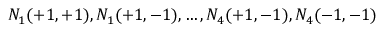
N _ { 1 } ( + 1 , + 1 ) , N _ { 1 } ( + 1 , - 1 ) , \ldots , N _ { 4 } ( + 1 , - 1 ) , N _ { 4 } ( - 1 , - 1 )